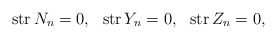
\begin{align*}\mbox{ str}\, N_n = 0, \,\, \mbox{ str}\, Y_n = 0, \,\, \mbox{ str}\,Z_n = 0,\end{align*}